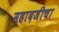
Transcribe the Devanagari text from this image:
महादजीचा